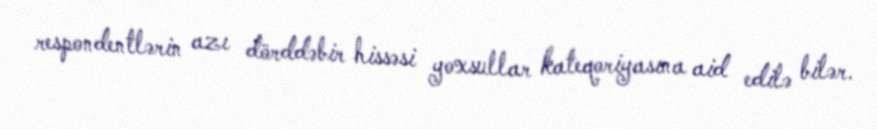
respondentlərin azı dörddəbir hissəsi yoxsullar kateqoriyasına aid edilə bilər.